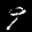
Label: 9